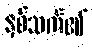
နှစ်သက်၏